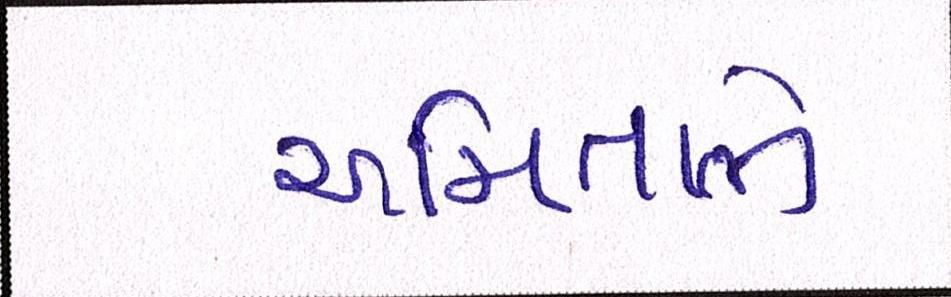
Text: અમિતાભે